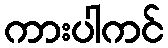
ကားပါကင်